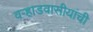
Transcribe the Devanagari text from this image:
वर्‍हाडवासीयांची